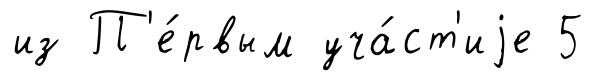
из П'е́рвым уча́ст'иjе 5